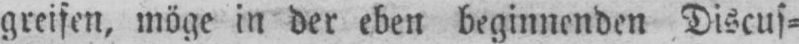
greifen, möge in der eben beginnenden Discus⸗